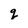
Character: q